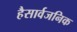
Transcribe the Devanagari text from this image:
हैसार्वजनिक